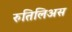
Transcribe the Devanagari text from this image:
रुतिलिअस